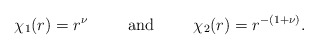
\begin{align*}\chi_1(r)=r^{\nu}\hspace*{1cm}\mbox{and} \hspace*{1cm} \chi_2(r)=r^{-(1+\nu)}.\end{align*}